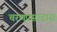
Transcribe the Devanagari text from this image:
चरणप्रसादास